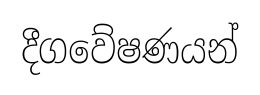
දීගවේෂණයන්